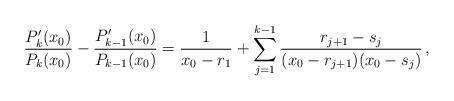
LaTeX: \begin{align*}\frac{P'_{k}(x_0)}{P_k(x_0)}-\frac{P'_{k-1}(x_0)}{P_{k-1}(x_0)} = \frac{1}{x_0-r_1} + \sum_{j=1}^{k-1} \frac{r_{j+1}-s_j}{(x_0-r_{j+1})(x_0-s_j)} \, ,\end{align*}